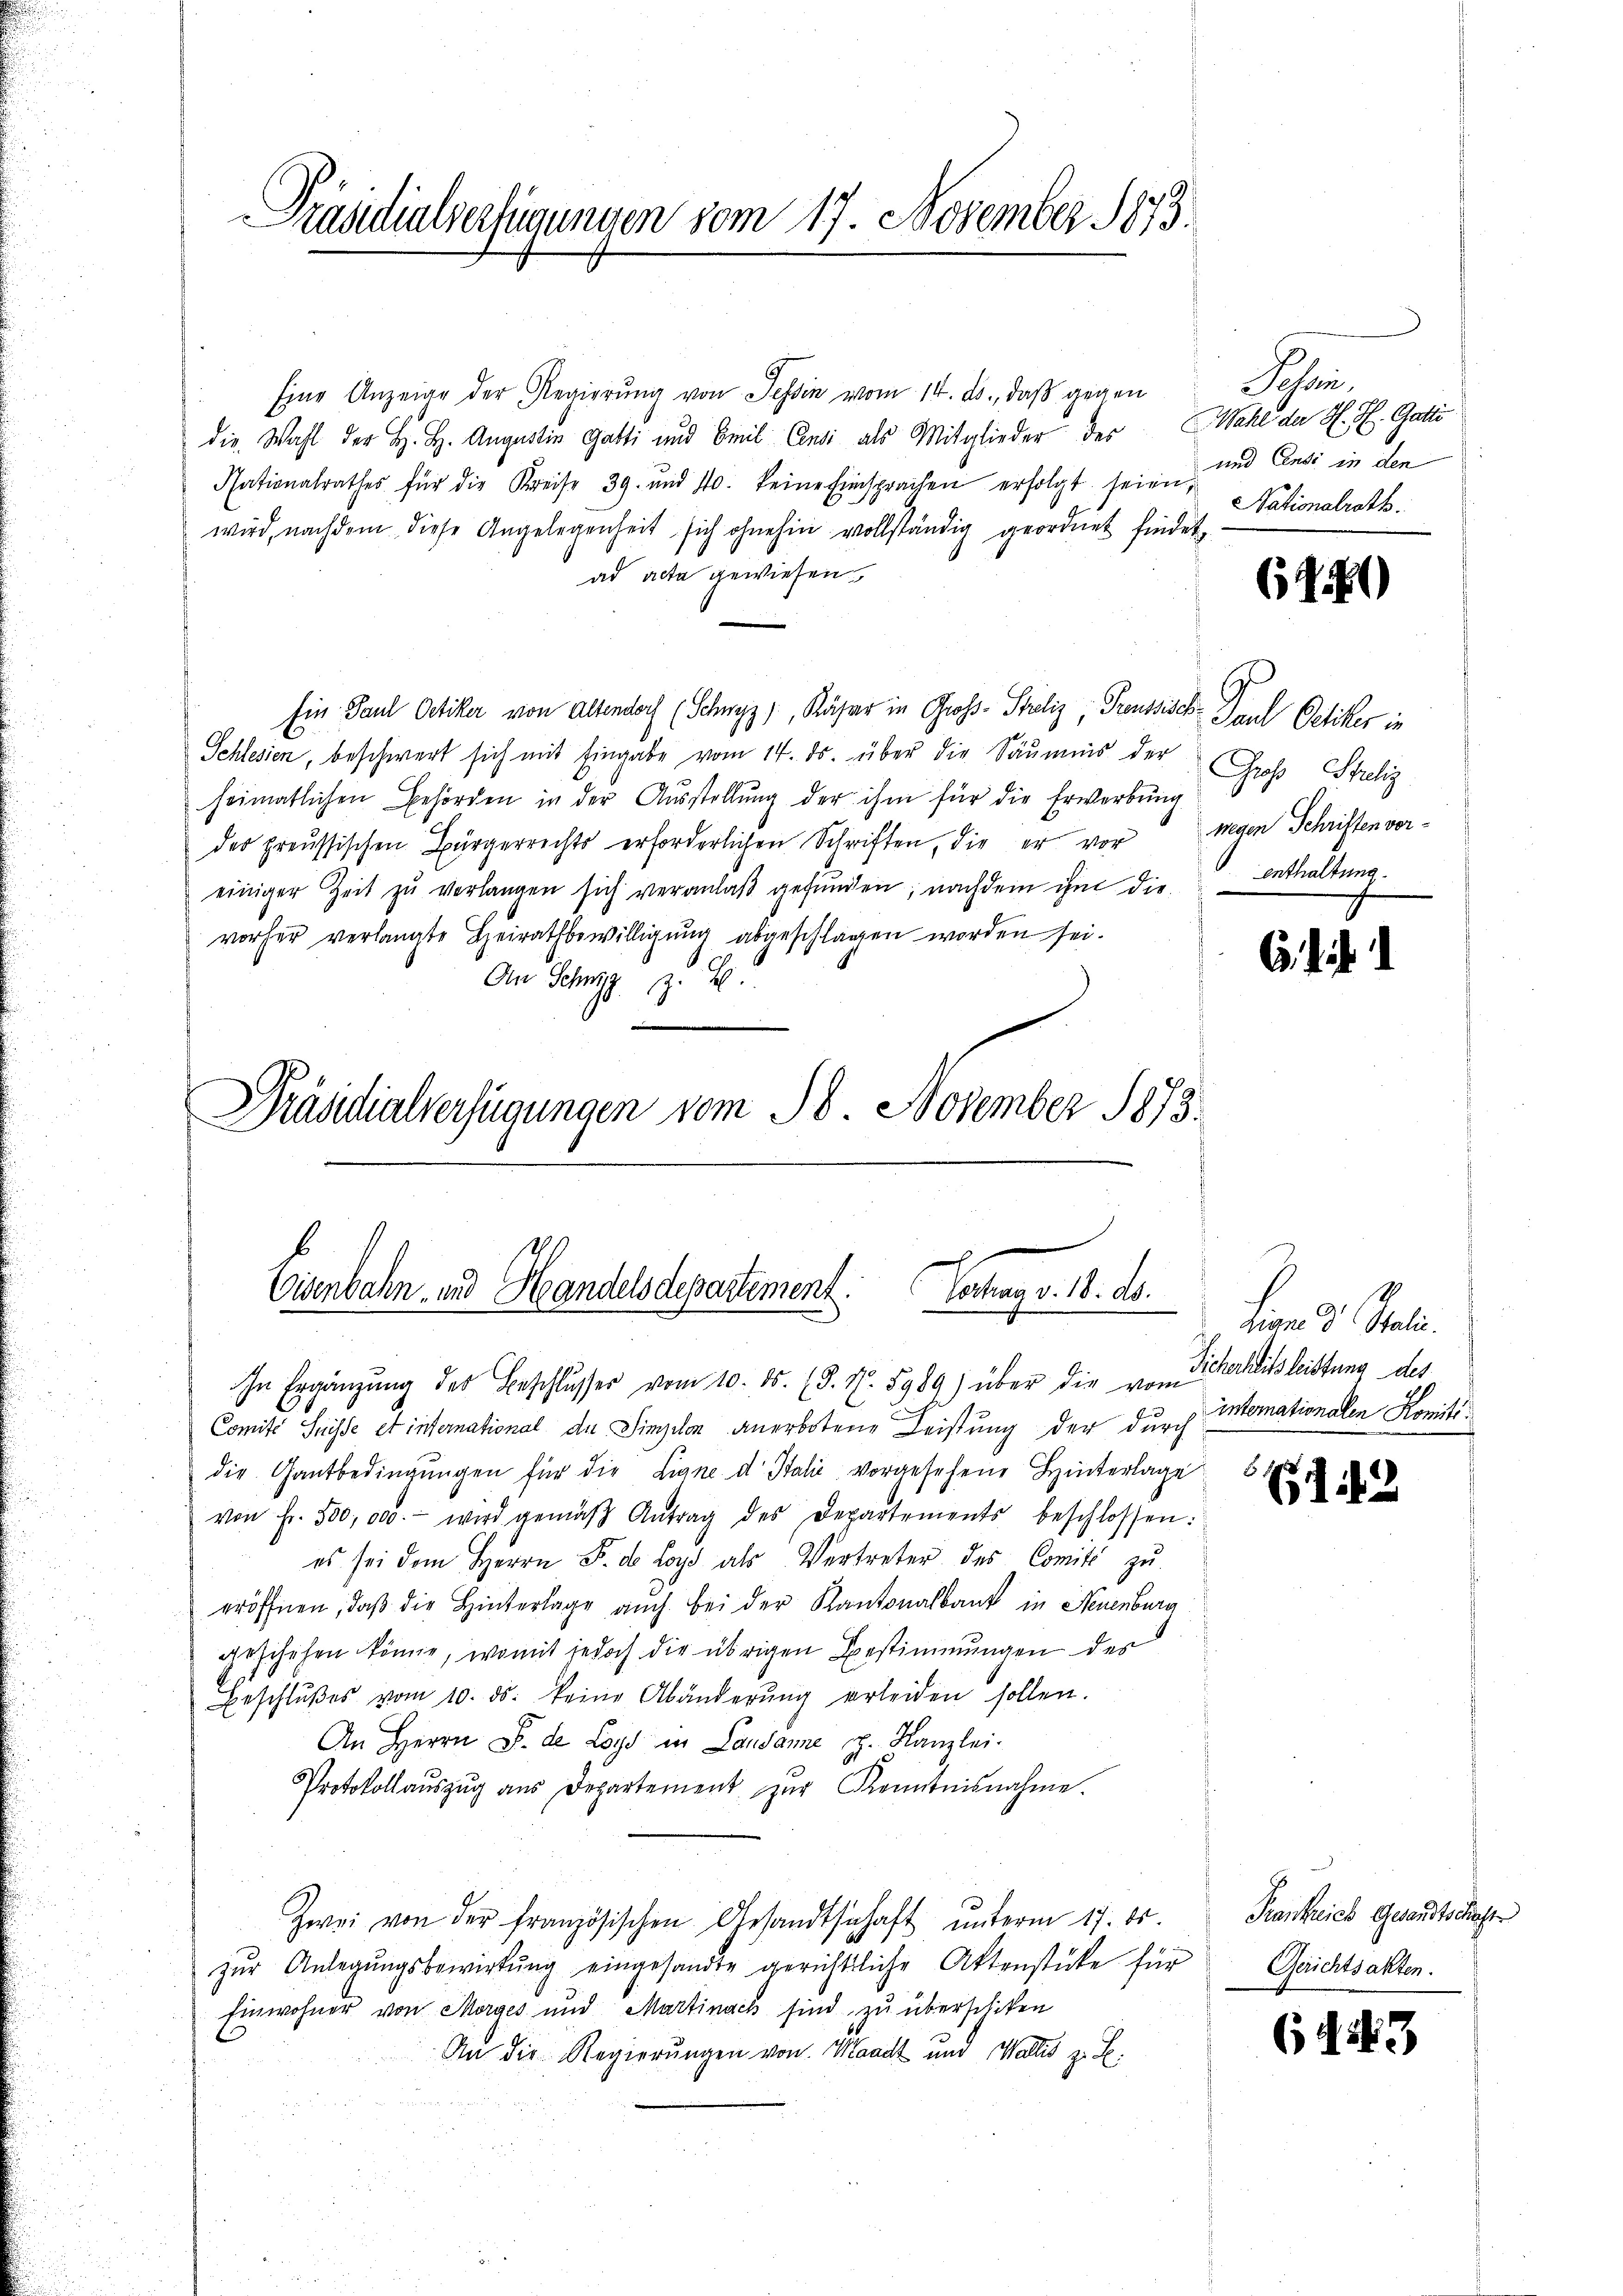
Präsidialverfügungen vom 17. November 1873.

Eine Anzeige der Regierŭng von Tessin vom 14. ds., daß gegen
die Wahl der H. H. Augustin Gatti und Emil Censi als Mitglieder der Wahl der H. H. Gatti
Nationalrathes für die Kreise 39. und 140. keine Einsprachen erfolgt seien und Casi in den
wird, nachdem diese Angelegenheit sich ohnehin vollständig geordnet findet,
ad acta gewiesen,
Ein Paul Oetiker von Altendoch (Schwyz), Käser in Gross-Streliz, Preussisch- Paul Oetiker in
Schlesien, beschwert sich mit Eingabe vom 14. ds. über die Säumnis der Groß Strelig
heimatlichen Behörden in der Aŭsstellŭng der ihm für die Erwerbŭng
des preussischen Bürgerrichts erforderlichen Schriften, die er vor
einiger Zeit zŭ verlangen sich veranlaβ gefŭnden, nachdem ihm die enthaltung.
vorher verlangte Heirathbewilligung abgeschlagen worden sei.
An Schwyz E
Präsidialverfügungen vom 18. November 1873.

Eisenbahn und Handelsdepartement. Vertrag v. 18. ds.

In Ergänzŭng des Beschlusses vom 10. ds. (§. N. 5989) über die vom 3. Hechissleistung des
Comité Suisse et international de Sinzelen anerbotene Leistung der durch Imtomationalen Komité
die Gantbedingŭngen für die Linne d. Stalić vorgesehene Hinterlage
von Fr. 500,000.- wird gemäβ Antrag des Departements beschlossen:
es sei dem Herrn F. d. Lord als Vertreter des Comité zu
eröffnen, daß die Hinterlage auch bei der Kantonalbank in Neuenburg
geschehen könne, womit jedoch die übrigen Bestimmungen des
Beschlŭβes vom 10. ds. keine Abänderŭng erleiden sollen.
An Herrn F. de Loge in Landame . Kanzlei.
Protokollaŭszŭg aŭs Departement zŭr Kenntnisnahme.
Zwei von der französischen Gesandtschaft ŭnterm 17. ds.
zŭr Anlegŭngsbewirkung eingesandte gerichtliche Aktenstücke für
Einwohner von Morges und Martinach sind zu überschiken
An die Regierungen von Waadt und Wallis z. B.

Schen.
Nationalrath.

6480

wegen Schriften vor-

dich

.

dien d. Juli.

6.
12

Frankreich Gesandtschaft
Gerichtsakten.

(sch

13